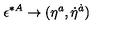
\epsilon ^ { * A } \to ( \eta ^ { a } , \dot { \eta } ^ { \dot { a } } )